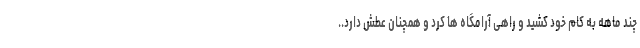
چند ماهه به کام خود کشید و راهی آرامگاه ها کرد و همچنان عطش دارد..